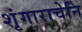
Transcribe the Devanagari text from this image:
शृंगाराचेनि